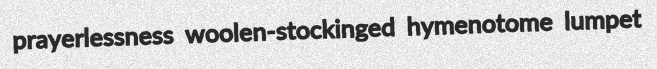
prayerlessness woolen-stockinged hymenotome lumpet